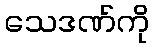
သေဒဏ်ကို